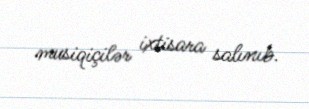
musiqiçilər ixtisara salınıb.